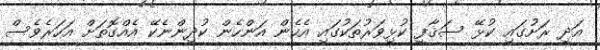
އަދި ރަށުގައި ކުޅޭ ސަޤާފީ ކުޅިވަރުތަކުގައި އެހެން އަންހެން ކުދިންނެކޭ އެއްގޮތަށް އަހަރެވެސް